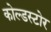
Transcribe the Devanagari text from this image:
कोल्डस्टोर